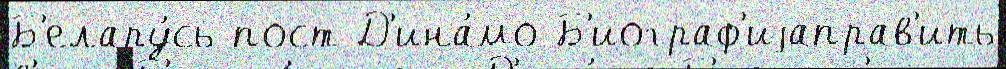
Б'елару́сь пост Д'ина́мо Б'иограф'иjаправ'ить